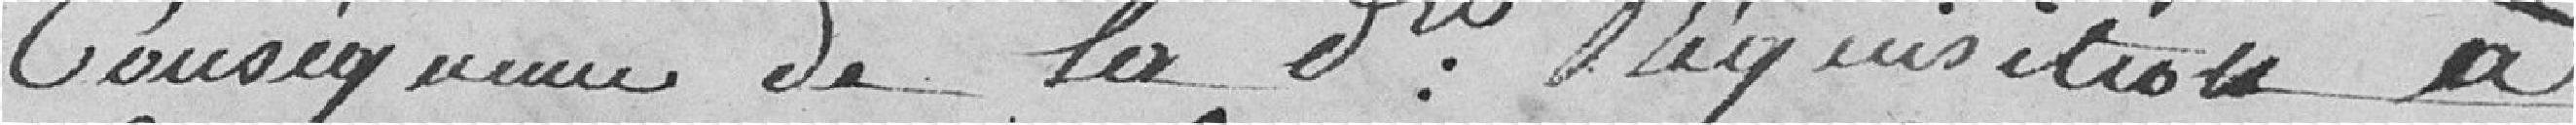
conséquence de la dite réquisition à